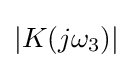
|K(j\omega _{3})|